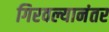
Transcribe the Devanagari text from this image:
गिरवल्यानंतर